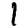
Digit: 1